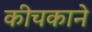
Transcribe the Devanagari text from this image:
कीचकाने